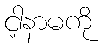
ငါ့နာမကို